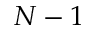
N - 1